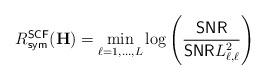
LaTeX: \begin{align*}R^{\sf SCF}_{\sf sym}(\mathbf{H}) = \min_{\ell = 1, \dots, L} \log\left( \frac{{\sf SNR}}{{\sf SNR} L_{\ell, \ell}^2 } \right)\end{align*}